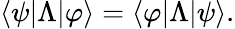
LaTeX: \langle\psi|\Lambda|\varphi\rangle=\langle\varphi|\Lambda|\psi\rangle.